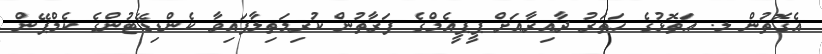
އެގޮތުން ލ. އަތޮޅުގެ ހަތަރު ދާއިރާއަށް ޕީޕީއެމްގެ ފަރާތުން ކުރިމަތިލާފައިވާ ކެންޑިޑޭޓުންގެ ކެމްޕޭން